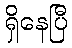
ရှိနေပြီ